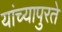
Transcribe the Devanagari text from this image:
यांच्यापुरते